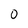
Character: 0